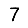
Digit: 7